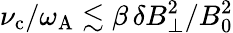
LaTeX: \nu_{\mathrm{c}}/\omega_{\mathrm{A}}\lesssim\beta\, \delta B_{\perp}^{2}/B_{0}^{2}